Annual report of the Punjab Veterinary College and of the Civil Veterinary Department, Punjab - 1926-1932
Year: 1926
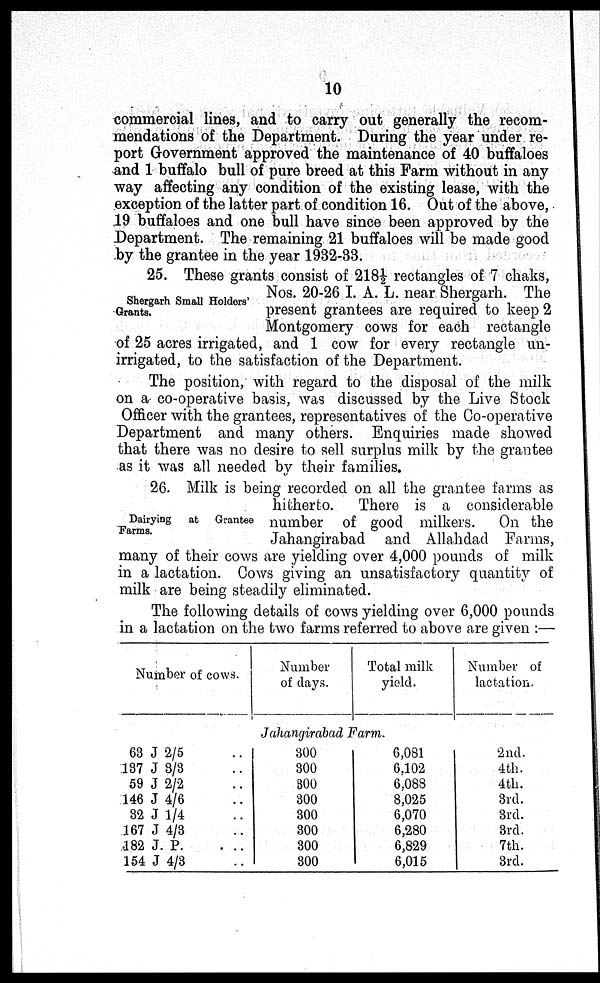
10
commercial lines, and to carry out generally the recom-
mendations of the Department. During the year under re-
port Government approved the maintenance of 40 buffaloes
and 1 buffalo bull of pure breed at this Farm without in any
way affecting any condition of the existing lease, with the
exception of the latter part of condition 16. Out of the above,
19 buffaloes and one bull have since been approved by the
Department. The remaining 21 buffaloes will be made good
by the grantee in the year 1932-33.
Shergarh Small Holders'
Grants.
25. These grants consist of 218½ rectangles of 7 chaks,
Nos. 20-26 I. A. L. near Shergarh. The
present grantees are required to keep 2
Montgomery cows for each rectangle
of 25 acres irrigated, and 1 cow for every rectangle un-
irrigated, to the satisfaction of the Department.
The position, with regard to the disposal of the milk
on a co-operative basis, was discussed by the Live Stock
Officer with the grantees, representatives of the Co-operative
Department and many others. Enquiries made showed
that there was no desire to sell surplus milk by the grantee
as it was all needed by their families.
Dairying
at Grantee
Farms.
26. Milk is being recorded on all the grantee farms as
hitherto. There is a considerable
number of good milkers. On the
Jahangirabad and Allahdad Farms,
many of their cows are yielding over 4,000 pounds of milk
in a lactation. Cows giving an unsatisfactory quantity of
milk are being steadily eliminated.
The following details of cows yielding over 6,000 pounds
in a lactation on the two farms referred to above are given :—
Number of cows.
63 J 2/5 ..
137 J 3/3 ..
59 J 2/2 ..
146 J 4/6 ..
32 J 1/4 ..
167 J 4/3 ..
482 J. P. . ..
154 J 4/3 ..
Number
of days.
Total milk
yield.
Jahangirabad Farm.
300
300
300
300
300
300
300
300
6,081
6,102
6,088
8,025
6,070
6,280
6,829
6,015
Number of
lactation.
2nd.
4th.
4th.
3rd.
3rd.
3rd.
7th.
3rd.